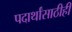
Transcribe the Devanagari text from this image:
पदार्थांसाठीही